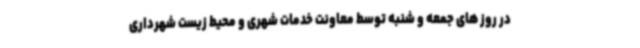
در روز های جمعه و شنبه توسط معاونت خدمات شهری و محیط زیست شهرداری